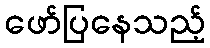
ဖော်ပြနေသည့်